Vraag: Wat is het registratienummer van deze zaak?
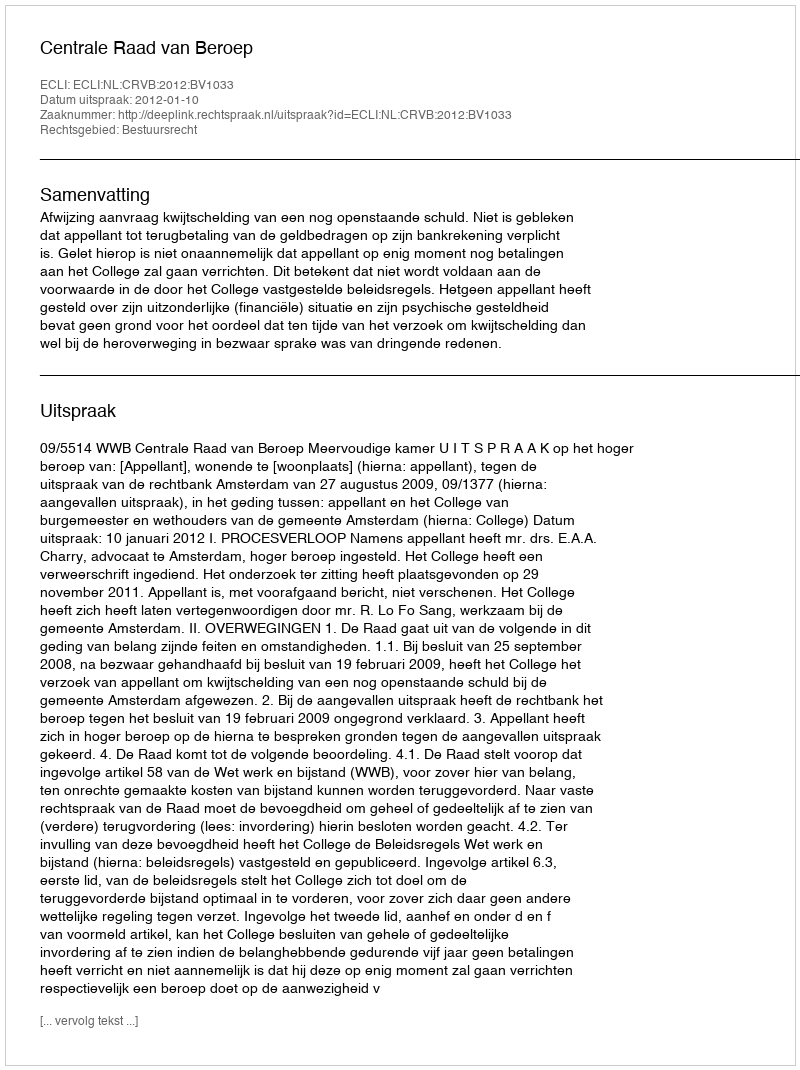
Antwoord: http://deeplink.rechtspraak.nl/uitspraak?id=ECLI:NL:CRVB:2012:BV1033